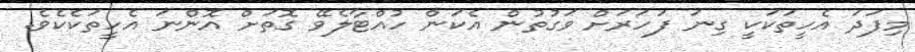
މިފަދަ އެހީތަކަކީ ގިނަ ފަހަރަށް ވަގުތުން އެކަން ހުއްޓާލެވޭ ގޮތަށް އޮންނަ އެހީތަކެކެވެ.